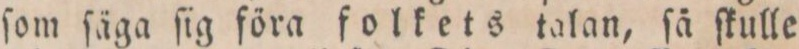
ſom ſäga ſig föra folkets talan, ſå ſkulle